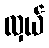
လှယ်